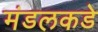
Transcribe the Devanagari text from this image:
मंडलकडे